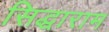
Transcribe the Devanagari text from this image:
सिद्धाराम